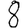
Digit: 8